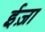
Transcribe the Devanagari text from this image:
ईज़ा